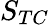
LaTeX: S_{TC}